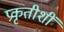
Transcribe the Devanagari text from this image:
प्रकृतीशीं